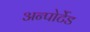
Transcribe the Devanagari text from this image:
अन्पोर्टेड